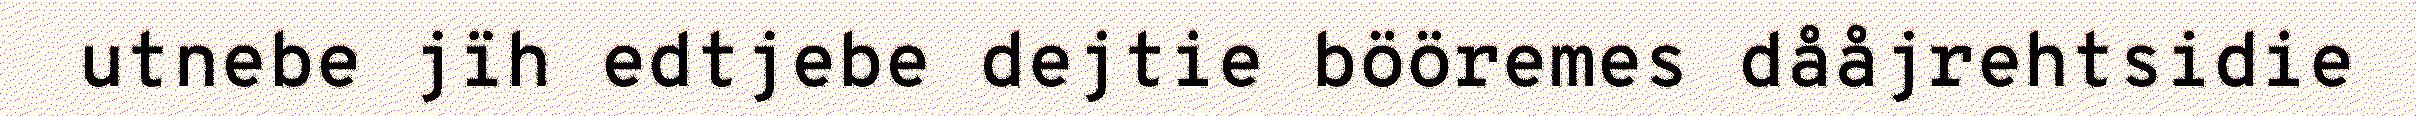
utnebe jïh edtjebe dejtie bööremes dååjrehtsidie